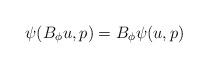
LaTeX: \begin{align*}\psi(B_\phi u,p) = B_\phi\psi(u,p)\end{align*}